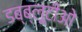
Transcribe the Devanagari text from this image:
डब्ब्लूटीओ